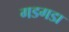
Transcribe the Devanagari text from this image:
गडगडा